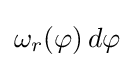
\omega _{r}(\varphi )\,d\varphi